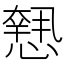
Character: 𢡶